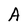
Character: A